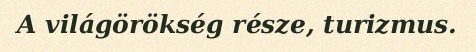
A világörökség része, turizmus.